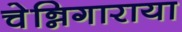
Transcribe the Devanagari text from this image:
चेन्निगाराया